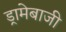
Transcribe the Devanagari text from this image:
ड्रामेबाजी